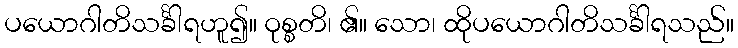
ပယောဂါတိသင်္ခါရဟူ၍။ ဝုစ္စတိ၊ ၏။ သော၊ ထိုပယောဂါတိသင်္ခါရသည်။